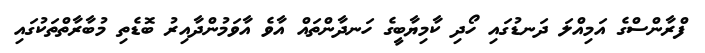
ފްރާންސްގެ އަމިއްލަ ދަނޑުގައި ހޯދި ކާމިޔާބީގެ ހަނދާންތައް އާވެ އާވަމުންދާއިރު ބޮޑެތި މުބާރާތްތަކުގައި